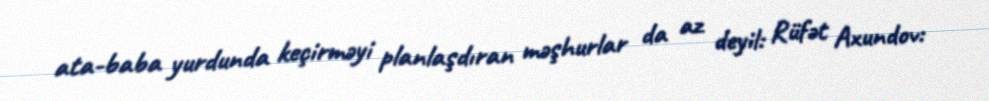
ata-baba yurdunda keçirməyi planlaşdıran məşhurlar da az deyil: Rüfət Axundov: